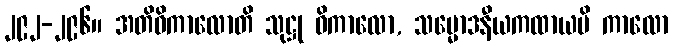
၂၉၂-၂၉၆။ အတိဝိကာလောတိ သုဋ္ဌု ဝိကာလော, သမ္မောဒနီယကထာယပိ ကာလော